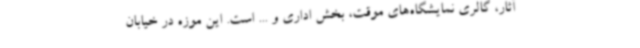
آثار، گالری نمایشگاه‌های موقت، بخش اداری و ... است. این موزه در خیابان